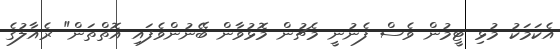
އެކަމަކު މުޅި ޓީމުން ވެސް ފެނުނީ މެޗުން މޮޅުވާން ބޭނުންވެފައި އޮތްތަން" ރެއާލުގެ